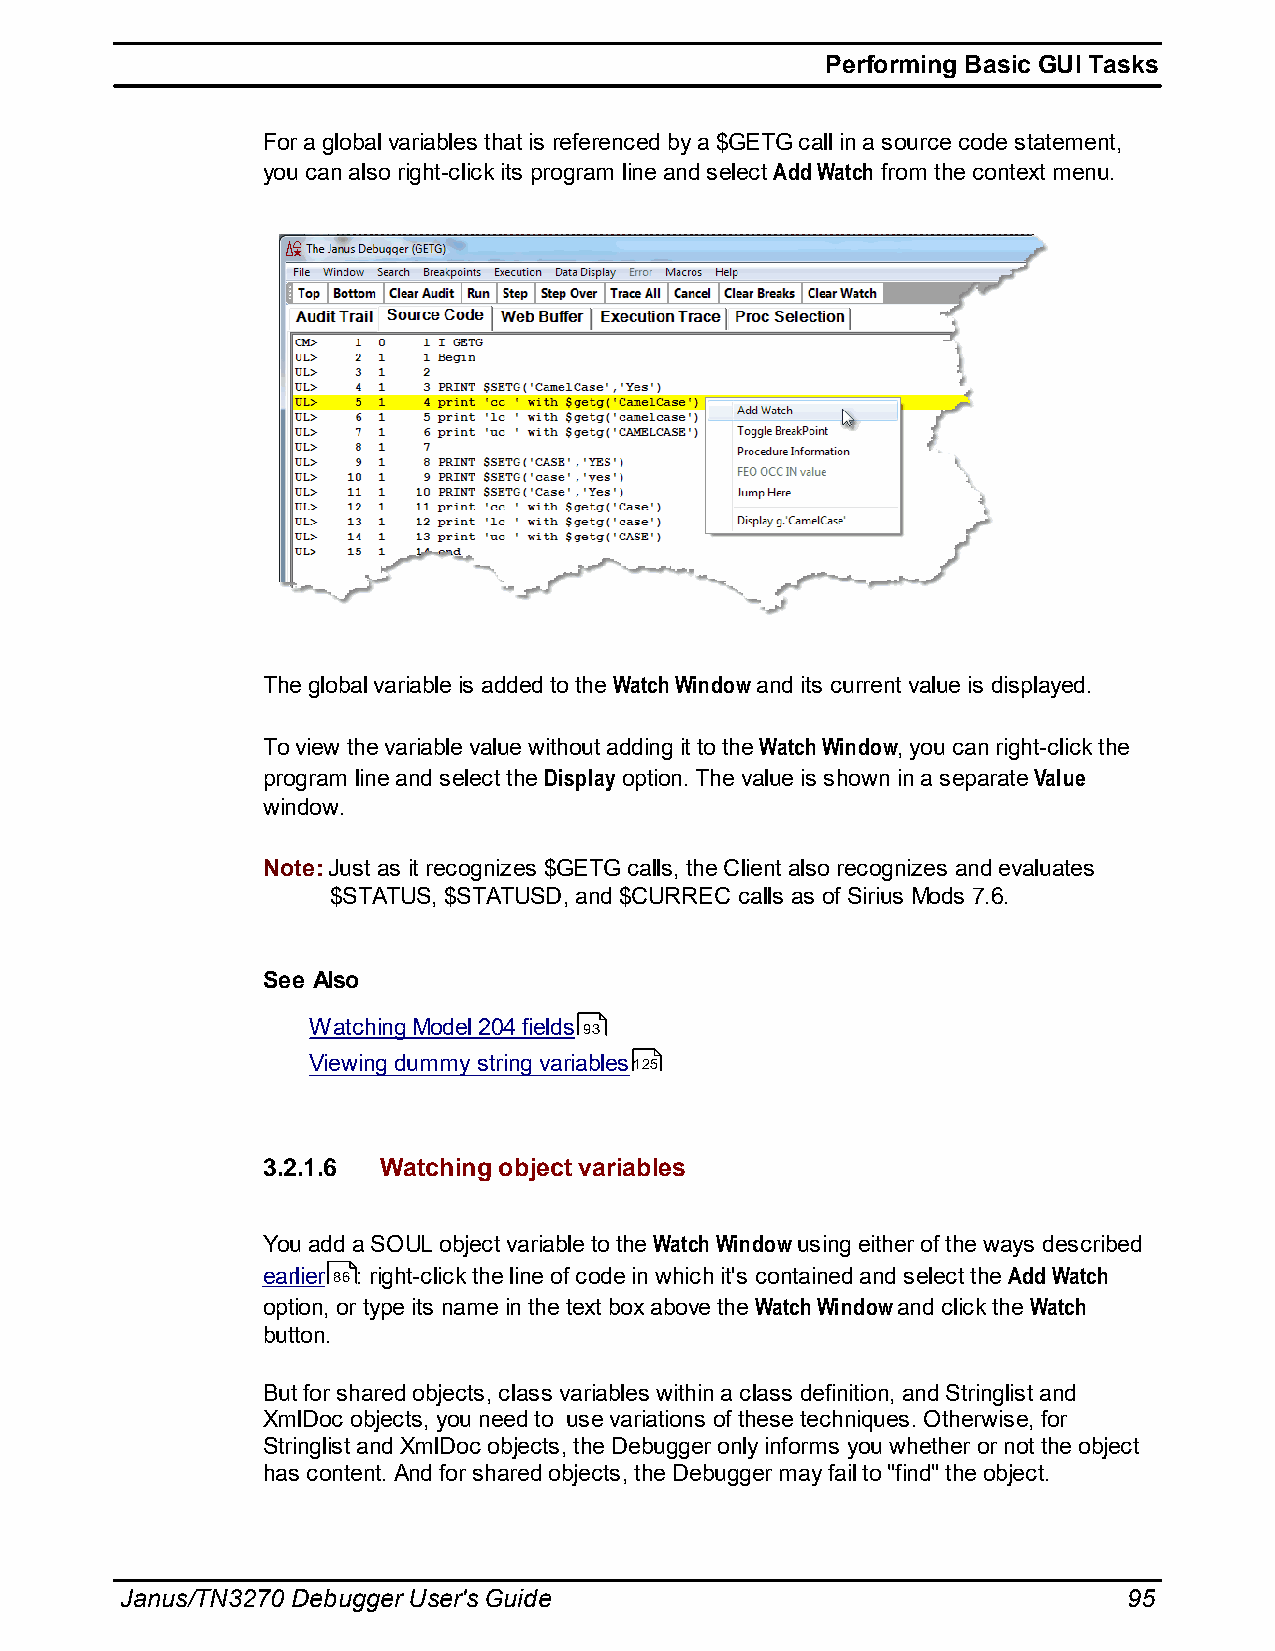
Performing Basic GUI Tasks
 For a global variables that is referenced by a $GETG call in a source code statement,
 you can also right-click its program line and select Add Watch from the context menu.
 The global variable is added to the Watch Window and its current value is displayed.
 To view the variable value without adding it to the Watch Window, you can right-click the
 program line and select the Display option. The value is shown in a separate Value
 window.
 Note: Just as it recognizes $GETG calls, the Client also recognizes and evaluates
 $STATUS, $STATUSD, and $CURREC calls as of Sirius Mods 7.6.
 See Also
 Watching Model 204 fields 93
 Viewing dummy string variables125
 3.2.1.6 Watching object variables
 You add a SOUL object variable to the Watch Window using either of the ways described
 earlier 86 : right-click the line of code in which it's contained and select the Add Watch
 option, or type its name in the text box above the Watch Window and click the Watch
 button.
 But for shared objects, class variables within a class definition, and Stringlist and
 XmlDoc objects, you need to use variations of these techniques. Otherwise, for
 Stringlist and XmlDoc objects, the Debugger only informs you whether or not the object
 has content. And for shared objects, the Debugger may fail to "find" the object.
 Janus/TN3270 Debugger User's Guide                                 95